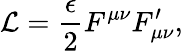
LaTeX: {\cal L}={\frac{\epsilon}{2}}F^{\mu\nu}F_{\mu\nu}^{\prime},